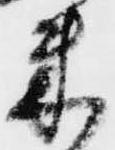
米